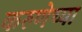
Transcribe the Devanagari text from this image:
करुणेच्या